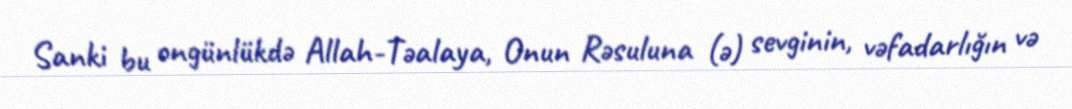
Sanki bu ongünlükdə Allah-Təalaya, Onun Rəsuluna (ə) sevginin, vəfadarlığın və